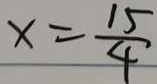
x = \frac { 1 5 } { 4 }